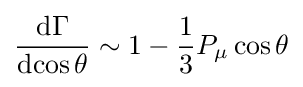
{\frac {\mathrm {d} \Gamma }{\mathrm {d} {\cos \theta }}}\sim 1-{\frac {1}{3}}P_{\mu }\cos \theta